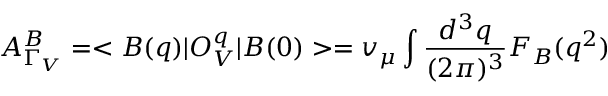
A _ { \Gamma _ { V } } ^ { B } = < B ( q ) | O _ { V } ^ { q } | B ( 0 ) > = v _ { \mu } \int { \frac { d ^ { 3 } q } { ( 2 \pi ) ^ { 3 } } } F _ { B } ( q ^ { 2 } )